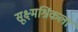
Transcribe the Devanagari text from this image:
सूक्ष्मश्रिंकला